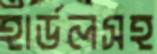
হার্ডলসহ